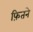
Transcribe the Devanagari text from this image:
फ़ितने